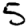
Digit: 5